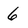
Character: 6